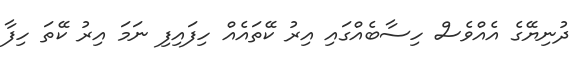
ދުނިޔޭގެ އެއްވެސް ހިސާބެއްގައި އިރު ކޭތައެއް ހިފައިފި ނަމަ އިރު ކޭތަ ހިފާ